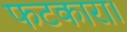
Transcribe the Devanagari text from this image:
फटकारा।